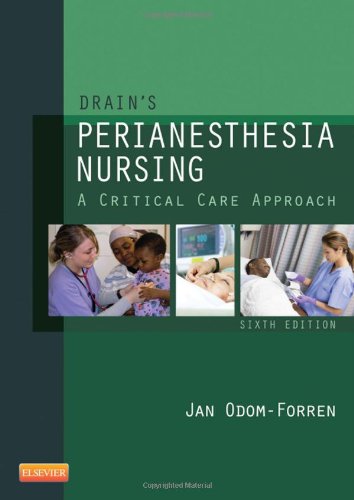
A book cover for Drain's PeriAnesthesia Nursing: A Critical Care Approach, 6e; Jan Odom-Forren MS  RN  PhD  CPAN  FAAN; Medical Books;